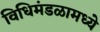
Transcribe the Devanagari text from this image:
विधिमंडळामध्‍ये